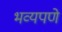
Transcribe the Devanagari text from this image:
भव्यपणे